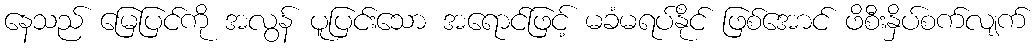
နေသည် မြေပြင်ကို အလွန် ပူပြင်းသော အရောင်ဖြင့် မခံမရပ်နိုင် ဖြစ်အောင် ဖိစီးနှိပ်စက်လျက်